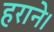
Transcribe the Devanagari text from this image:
हराने।